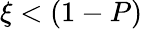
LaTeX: \xi<(1-P)